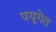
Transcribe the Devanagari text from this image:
पयूगेत